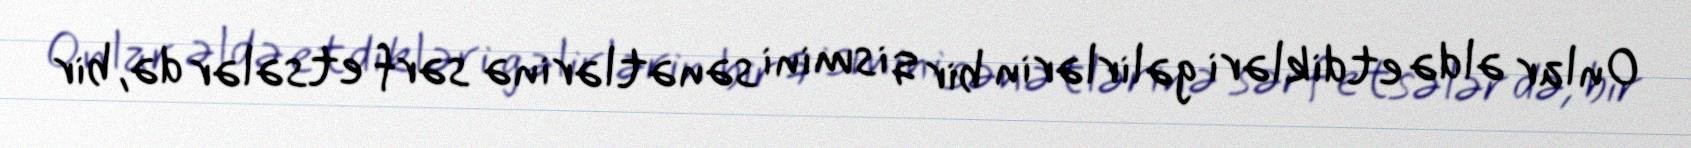
Onlar əldə etdikləri gəlirlərin bir qismini sənətlərinə sərf etsələr də, bir